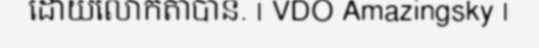
ដោយលោកតាបាន. | VDO Amazingsky |